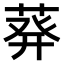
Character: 𫈴